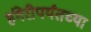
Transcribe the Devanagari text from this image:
हंगेरीपर्यंतच्या